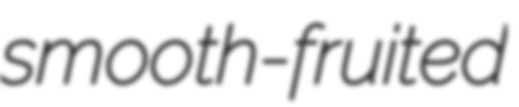
smooth-fruited